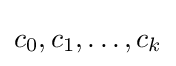
c_{0},c_{1},\dots ,c_{k}